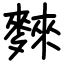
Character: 麳